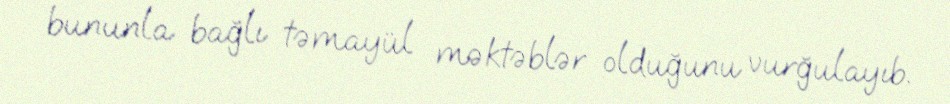
bununla bağlı təmayül məktəblər olduğunu vurğulayıb.